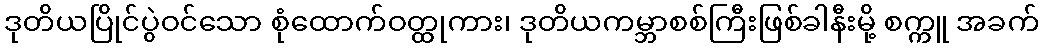
ဒုတိယပြိုင်ပွဲဝင်သော စုံထောက်ဝတ္ထုကား၊ ဒုတိယကမ္ဘာစစ်ကြီးဖြစ်ခါနီးမို့ စက္ကူ အခက်